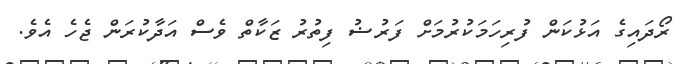
ރޯދައިގެ އަޅުކަން ފުރިހަމަކުރުމަށް ފަރުޟު ފިތުރު ޒަކާތް ވެސް އަދާކުރަން ޖެހެ އެވެ.